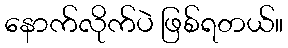
နောက်လိုက်ပဲ ဖြစ်ရတယ်။